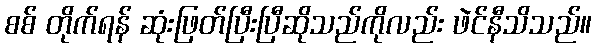
စစ် တိုက်ရန် ဆုံးဖြတ်ပြီးပြီဆိုသည်ကိုလည်း ဖဲင်နီသိသည်။